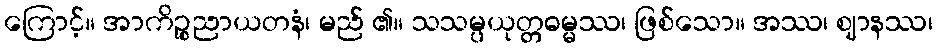
ကြောင့်။ အာကိဉ္စညာယတနံ၊ မည် ၏။ သသမ္ပယုတ္တဓမ္မဿ၊ ဖြစ်သော။ အဿ၊ ဈာနဿ၊